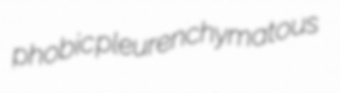
phobic pleurenchymatous